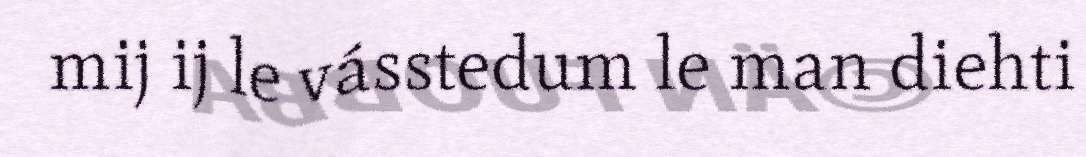
mij ij le vásstedum le man diehti